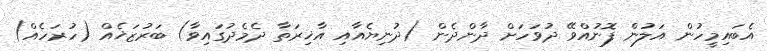
އެބައިމީހުން އަލުން ފޮނުއްވޭ ދުވަހަށް ދާންދެން (ދުނިޔެއާއި އާޚިރަތާ ދެމެދުގައިވާ) ބަރުޒަޚެއް (ހުރަހެއް)